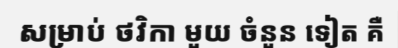
សម្រាប់ ថវិកា មួយ ចំនួន ទៀត គឺ